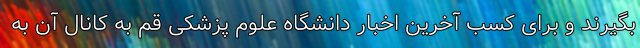
بگیرند و برای کسب آخرین اخبار دانشگاه علوم پزشکی قم به کانال آن به